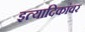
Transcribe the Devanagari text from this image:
इत्यादिकांवर